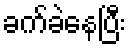
ခက်ခဲနေပြီး